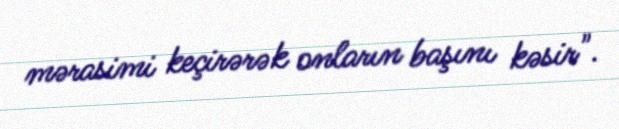
mərasimi keçirərək onların başını kəsir".